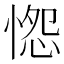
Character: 𭝭